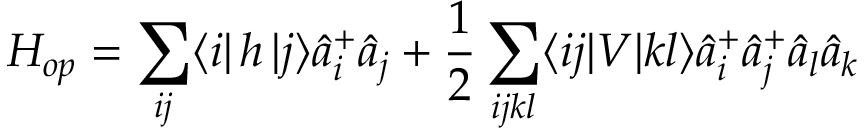
H _ { o p } = \sum _ { i j } \langle i | \, h \, | j \rangle \hat { a } _ { i } ^ { + } \hat { a } _ { j } + \frac { 1 } { 2 } \sum _ { i j k l } \langle i j | V | k l \rangle \hat { a } _ { i } ^ { + } \hat { a } _ { j } ^ { + } \hat { a } _ { l } \hat { a } _ { k }